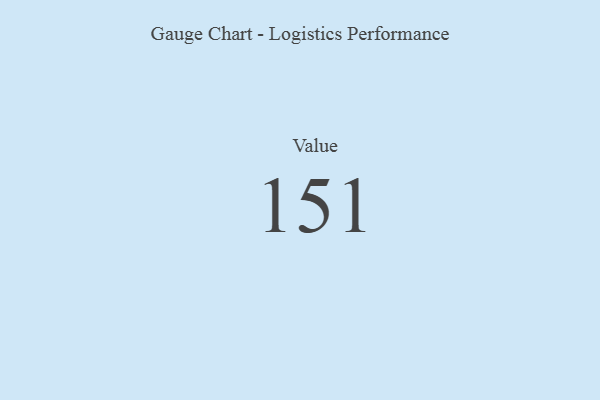
{"axis": {"x": "Metric", "y": "Value"}, "legend": [""], "data": [{"x": "Value", "y": 151, "type": ""}]}